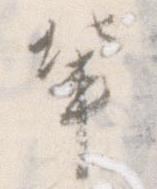
輩